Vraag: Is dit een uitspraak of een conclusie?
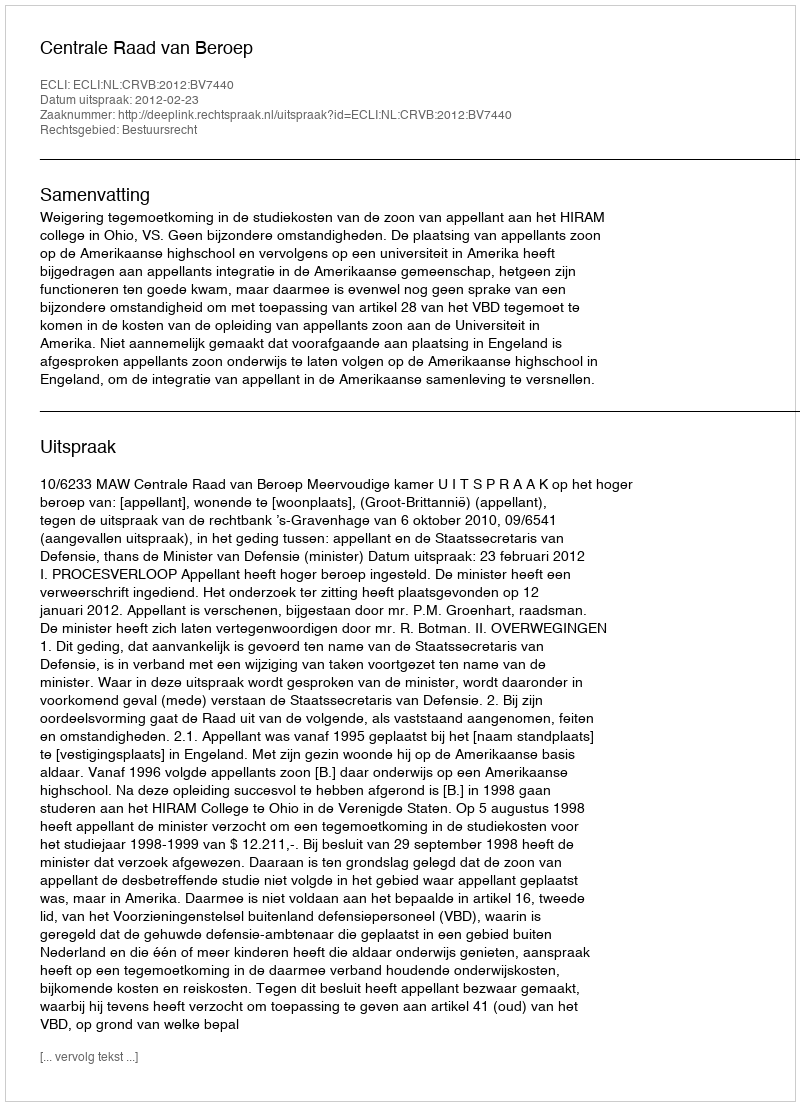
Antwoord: Uitspraak